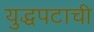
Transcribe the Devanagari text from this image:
युद्धपटाची